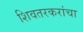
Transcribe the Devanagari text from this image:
शिवतरकरांचा